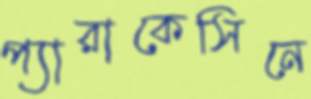
প্যারাকেসিনে